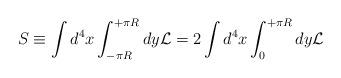
LaTeX: \begin{align*}S \equiv \int d^4x \int_{- \pi R}^{+ \pi R} dy {\cal L} = 2 \int d^4x \int_{0}^{+ \pi R} dy {\cal L}\end{align*}